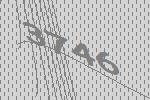
3746